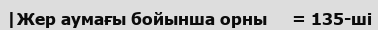
|Жер аумағы бойынша орны     = 135-ші